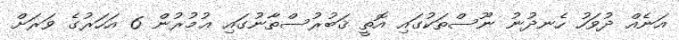
އަނެއް ދުވަހު ހެނދުނު ނޫސްތަކުގައި އޮތީ ޤަބުރުސްތާނުގައި ޢުމުރުން 6 އަހަރުގެ ވަރަށް